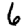
Digit: 6